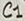
Text: C1